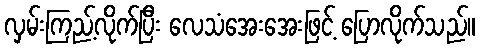
လှမ်းကြည့်လိုက်ပြီး လေသံအေးအေးဖြင့် ပြောလိုက်သည်။